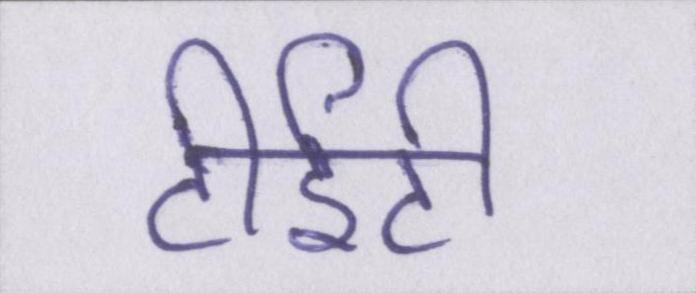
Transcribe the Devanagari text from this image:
टीईटी